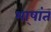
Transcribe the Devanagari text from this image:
भा्षांत